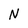
Character: N